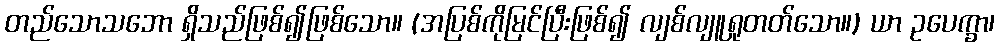
တည်သောသဘော ရှိသည်ဖြစ်၍ဖြစ်သော။ (အပြစ်ကိုမြင်ပြီးဖြစ်၍ လျစ်လျူရှုတတ်သော။) ယာ ဥပေက္ခာ၊